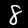
Label: 8